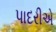
પાદરીએ